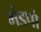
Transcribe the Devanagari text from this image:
मंडपो